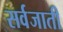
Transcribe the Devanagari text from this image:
सर्वजाती